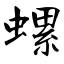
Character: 螺